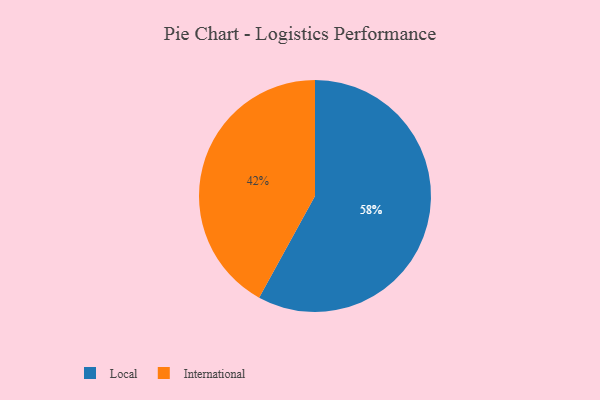
{"axis": {"x": "Category", "y": "Percentage"}, "legend": ["International", "Local"], "data": [{"x": "International", "y": 42, "type": "International"}, {"x": "Local", "y": 58, "type": "Local"}]}